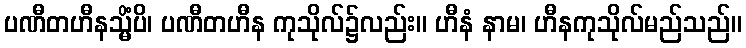
ပဏီတဟီနသ္မိံပိ၊ ပဏီတဟီန ကုသိုလ်၌လည်း။ ဟီနံ နာမ၊ ဟီနကုသိုလ်မည်သည်။